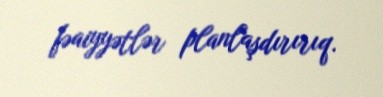
fəaiyyətlər planlaşdırırıq.